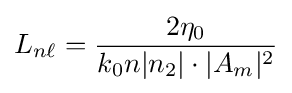
L_{n\ell }={\frac {2\eta _{0}}{k_{0}n|n_{2}|\cdot |A_{m}|^{2}}}